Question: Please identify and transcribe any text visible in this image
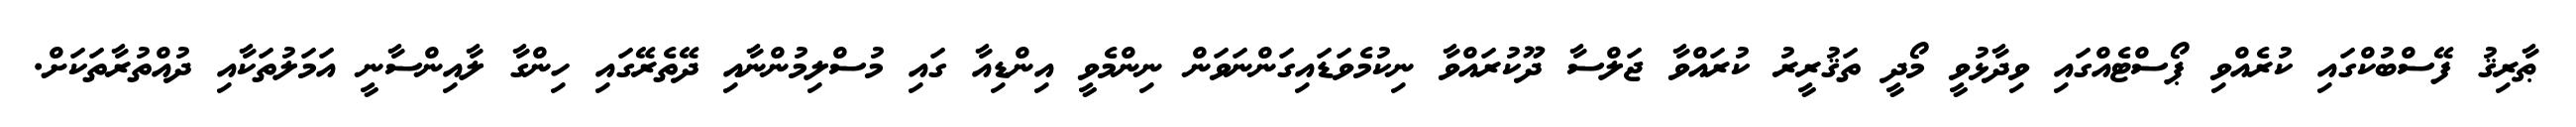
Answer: ޠާރިޤު ފޭސްބުކްގައި ކުރެއްވި ޕޯސްޓެއްގައި ވިދާޅުވީ މޯދީ ތަޤުރީރު ކުރައްވާ ޖަލްސާ ދޫކުރައްވާ ނިކުމެވަޑައިގަންނަވަން ނިންމެވީ އިންޑިއާ ގައި މުސްލިމުންނާއި ދޭތެރޭގައި ހިންގާ ލާއިންސާނީ އަމަލުތަކާއި ދުއްތުރާތަކަށް.